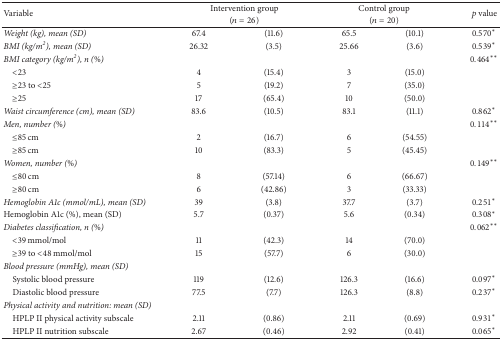
<table><thead><tr><td rowspan="2"><b>Variable</b></td><td colspan="2"><b>Intervention group</b></td><td colspan="2"><b>Control group</b></td><td rowspan="2"><b><i>p</i> value</b></td></tr><tr><td colspan="2"><b>(<i>n</i> = 26)</b></td><td colspan="2"><b>(<i>n</i> = 20)</b></td></tr></thead><tbody><tr><td><i>Weight (kg), mean (SD)</i></td><td>67.4</td><td>(11.6)</td><td>65.5</td><td>(10.1)</td><td>0.570<sup><i>∗</i></sup></td></tr><tr><td><i>BMI (kg/m</i><sup><i>2</i></sup><i>), mean (SD)</i></td><td>26.32</td><td>(3.5)</td><td>25.66</td><td>(3.6)</td><td>0.539<sup><i>∗</i></sup></td></tr><tr><td><i>BMI category (kg/m</i><sup><i>2</i></sup><i>), n (%) </i></td><td> </td><td> </td><td> </td><td> </td><td>0.464<sup><i>∗∗</i></sup></td></tr><tr><td> &lt;23</td><td>4</td><td>(15.4)</td><td>3</td><td>(15.0)</td><td rowspan="3"> </td></tr><tr><td> ≥23 to &lt;25</td><td>5</td><td>(19.2)</td><td>7</td><td>(35.0)</td></tr><tr><td> ≥25</td><td>17</td><td>(65.4)</td><td>10</td><td>(50.0)</td></tr><tr><td><i>Waist circumference (cm), mean (SD) </i></td><td>83.6</td><td>(10.5)</td><td>83.1</td><td>(11.1)</td><td>0.862<sup><i>∗</i></sup></td></tr><tr><td><i>Men, number (%)</i></td><td> </td><td> </td><td> </td><td> </td><td>0.114<sup><i>∗∗</i></sup></td></tr><tr><td> ≤85 cm</td><td>2</td><td>(16.7)</td><td>6</td><td>(54.55)</td><td rowspan="2"> </td></tr><tr><td> ≥85 cm</td><td>10</td><td>(83.3)</td><td>5</td><td>(45.45)</td></tr><tr><td><i>Women, number (%)</i></td><td> </td><td> </td><td> </td><td> </td><td>0.149<sup><i>∗∗</i></sup></td></tr><tr><td> ≤80 cm</td><td>8</td><td>(57.14)</td><td>6</td><td>(66.67)</td><td rowspan="2"> </td></tr><tr><td> ≥80 cm</td><td>6</td><td>(42.86)</td><td>3</td><td>(33.33)</td></tr><tr><td><i>Hemoglobin A1c (mmol/mL), mean (SD)</i></td><td>39</td><td>(3.8)</td><td>37.7</td><td>(3.7)</td><td>0.251<sup><i>∗</i></sup></td></tr><tr><td>Hemoglobin A1c (%), mean (SD)</td><td>5.7</td><td>(0.37)</td><td>5.6</td><td>(0.34)</td><td>0.308<sup><i>∗</i></sup></td></tr><tr><td><i>Diabetes classification, n (%)</i></td><td> </td><td> </td><td> </td><td> </td><td>0.062<sup><i>∗∗</i></sup></td></tr><tr><td> &lt;39 mmol/mol</td><td>11</td><td>(42.3)</td><td>14</td><td>(70.0)</td><td rowspan="2"> </td></tr><tr><td> ≥39 to &lt;48 mmol/mol</td><td>15</td><td>(57.7)</td><td>6</td><td>(30.0)</td></tr><tr><td><i>Blood pressure (mmHg), mean (SD) </i></td><td> </td><td> </td><td> </td><td> </td><td> </td></tr><tr><td> Systolic blood pressure</td><td>119</td><td>(12.6)</td><td>126.3</td><td>(16.6)</td><td>0.097<sup><i>∗</i></sup></td></tr><tr><td> Diastolic blood pressure</td><td>77.5</td><td>(7.7)</td><td>126.3</td><td>(8.8)</td><td>0.237<sup><i>∗</i></sup></td></tr><tr><td><i>Physical activity and nutrition: mean (SD)</i></td><td> </td><td> </td><td> </td><td> </td><td> </td></tr><tr><td> HPLP II physical activity subscale</td><td>2.11</td><td>(0.86)</td><td>2.11</td><td>(0.69)</td><td>0.931<sup><i>∗</i></sup></td></tr><tr><td> HPLP II nutrition subscale</td><td>2.67</td><td>(0.46)</td><td>2.92</td><td>(0.41)</td><td>0.065<sup><i>∗</i></sup></td></tr></tbody></table>